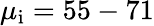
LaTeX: \mu_{\mathrm{i}}=55-71